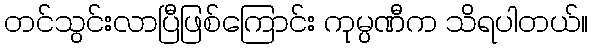
တင်သွင်းလာပြီဖြစ်ကြောင်း ကုမ္ပဏီက သိရပါတယ်။